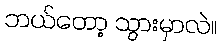
ဘယ်တော့ သွားမှာလဲ။